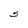
Character: S